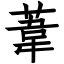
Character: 葦